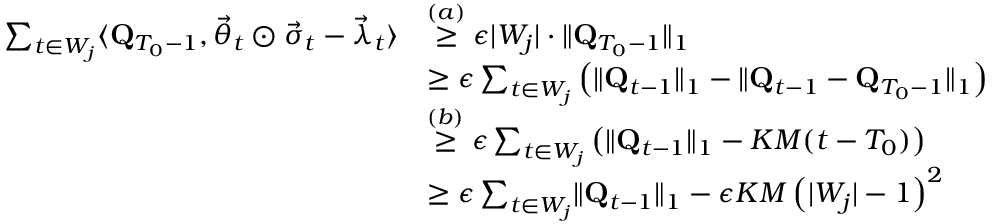
\begin{array} { r l } { \sum _ { t \in W _ { j } } \langle \mathbf Q _ { T _ { 0 } - 1 } , \vec { \theta } _ { t } \odot \vec { \sigma } _ { t } - \vec { \lambda } _ { t } \rangle } & { \stackrel { ( a ) } \ge \epsilon \lvert W _ { j } \rvert \cdot \lVert \mathbf Q _ { T _ { 0 } - 1 } \rVert _ { 1 } } \\ & { \ge \epsilon \sum _ { t \in W _ { j } } \left( \lVert \mathbf Q _ { t - 1 } \rVert _ { 1 } - \lVert \mathbf Q _ { t - 1 } - \mathbf Q _ { T _ { 0 } - 1 } \rVert _ { 1 } \right) } \\ & { \stackrel { ( b ) } \ge \epsilon \sum _ { t \in W _ { j } } \left( \lVert \mathbf Q _ { t - 1 } \rVert _ { 1 } - K M ( t - T _ { 0 } ) \right) } \\ & { \ge \epsilon \sum _ { t \in W _ { j } } \lVert \mathbf Q _ { t - 1 } \rVert _ { 1 } - \epsilon K M \left( \lvert W _ { j } \rvert - 1 \right) ^ { 2 } } \end{array}